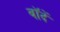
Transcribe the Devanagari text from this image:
बॉदें